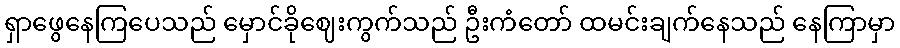
ရှာဖွေနေကြပေသည် မှောင်ခိုဈေးကွက်သည် ဦးကံတော် ထမင်းချက်နေသည် နေကြာမှာ